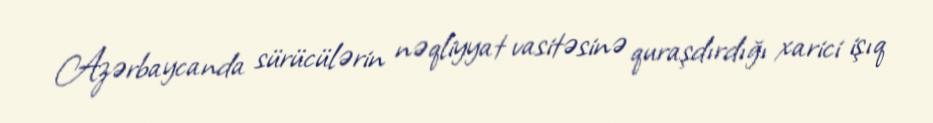
Azərbaycanda sürücülərin nəqliyyat vasitəsinə quraşdırdığı xarici işıq